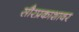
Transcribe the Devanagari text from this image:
सौरप्रकाशावर